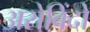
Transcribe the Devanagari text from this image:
अरोबिंदो